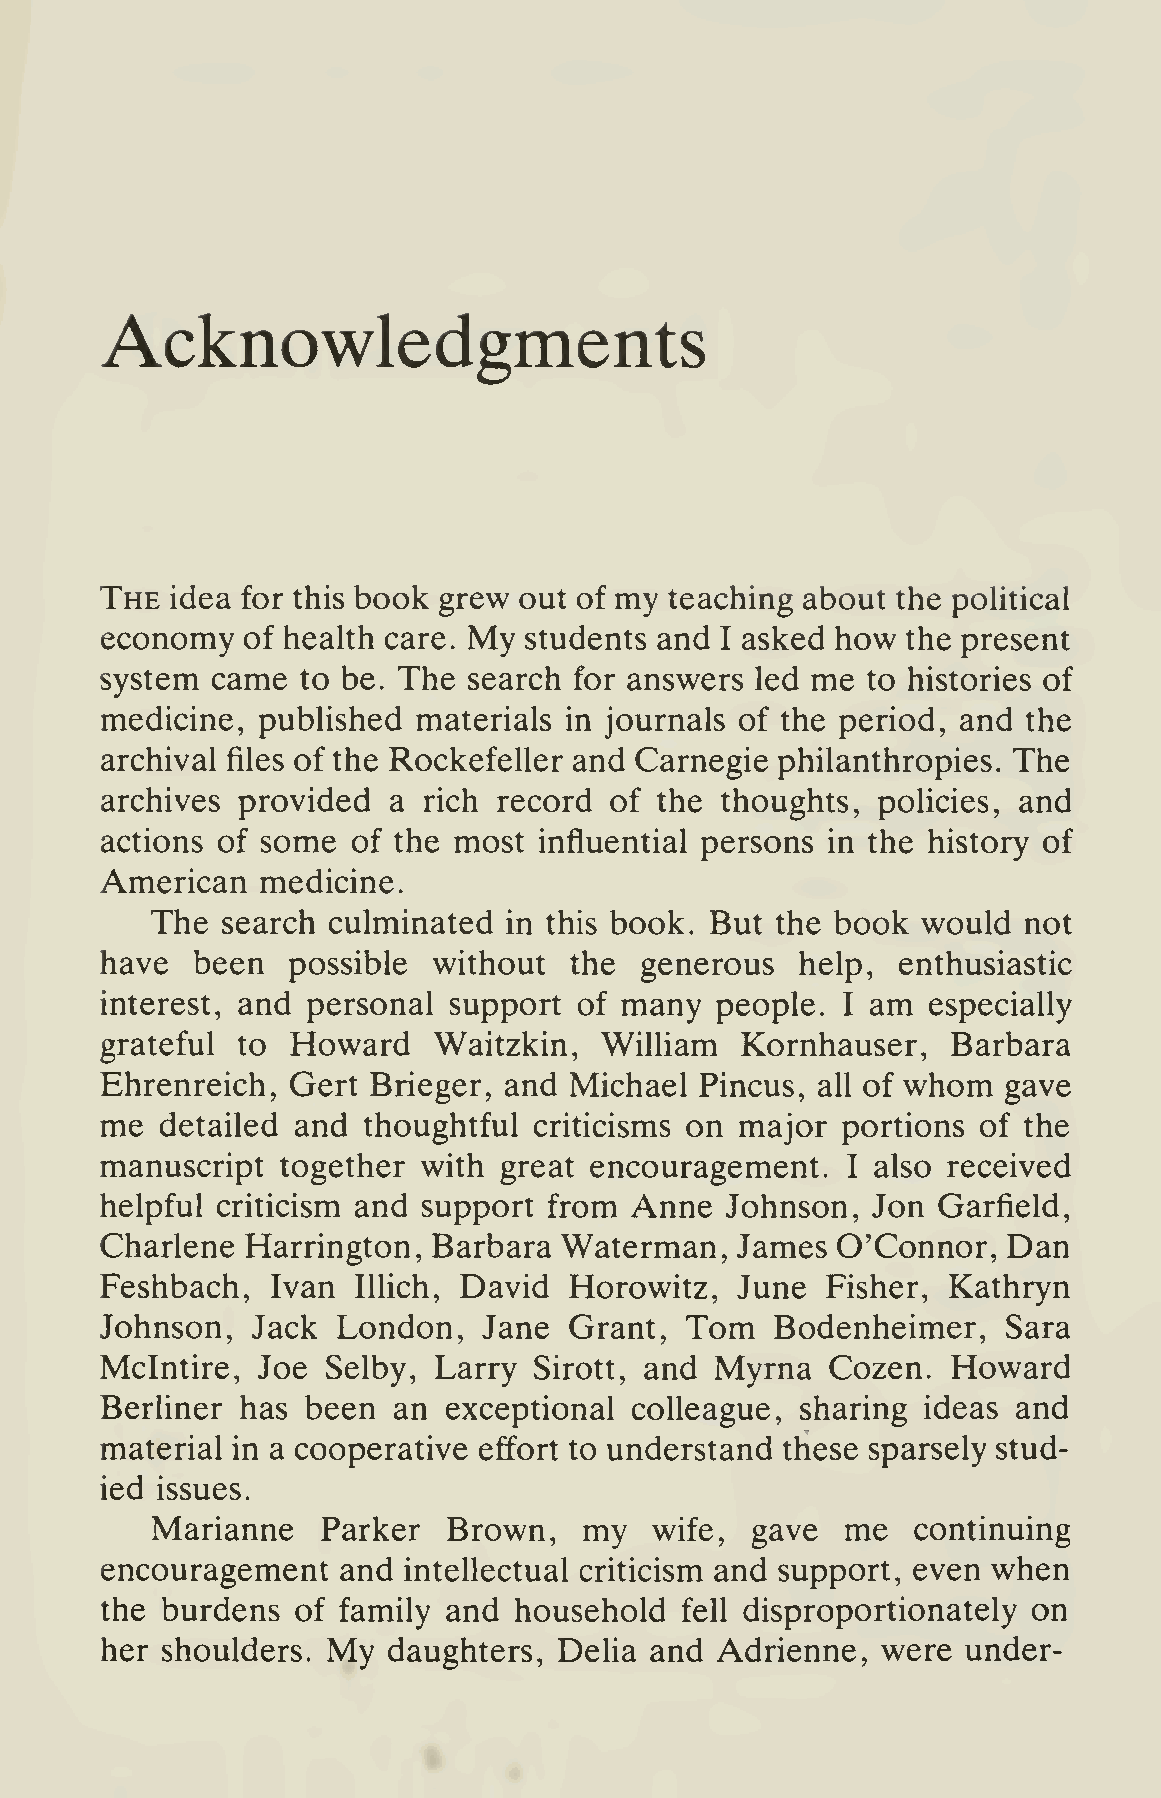
Acknowledgments
 The idea for this book grew out of my teaching about the poHtical
 economy  of health care. My students and I asked how the present
 system came  to be. The search for answers led me to histories of
 medicine, pubhshed   materials in journals of the period, and the
 archival files of the Rockefeller and Carnegie philanthropies. The
 archives provided  a rich record of  the thoughts, policies, and
 actions of some of the most  influential persons in the history of
 American  medicine.
 The  search culminated  in this book. But the book would  not
 have  been  possible  without  the generous   help, enthusiastic
 interest, and personal support of many  people.  I am especially
 grateful to Howard    Waitzkin,  WilHam   Kornhauser,   Barbara
 whom
 Ehrenreich, Gert Brieger, and  Michael Pincus, all of      gave
 me  detailed and thoughtful criticisms on major  portions of the
 manuscript  together with great encouragement.   I also received
 helpful criticism and support from Anne  Johnson,  Jon Garfield,
 Charlene Harrington,  Barbara Waterman,   James O'Connor,   Dan
 Feshbach,  Ivan  lUich, David  Horowitz,  June  Fisher, Kathryn
 Johnson,  Jack London,   Jane  Grant, Tom   Bodenheimer,    Sara
 Mclntire, Joe  Selby, Larry Sirott, and Myrna   Cozen.  Howard
 Berliner has been  an exceptional  colleague, sharing ideas and
 material in a cooperative effort to understand these sparsely stud-
 ied issues.
 Marianne   Parker   Brown,   my  wife,  gave  me  continuing
 encouragement   and intellectual criticism and support, even when
 the burdens  of family and household  fell disproportionately on
 My
 her shoulders.     daughters, Delia and Adrienne,  were  under-